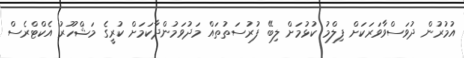
އުމުރުން ދުވަސްވާވަރަކަށް ފިލްމު ކުޅުމަށް ލިބޭ ފުރުސަތުތައް މަދުވަމުންދާކަމަށް ކުރީގެ މަޝްހޫރު އެކްޓްރެސް